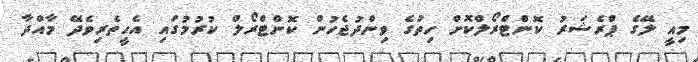
މިއީ ލޭގެ ޕްރެޝަރު ކޮންޓްރޯލްކޮށް ހިތުގެ ވިންދުޖެހުން ކޮންޓްރޯލް ކުރުމުގައި އެހީތެރިވެދޭ މާއްދާ